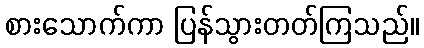
စားသောက်ကာ ပြန်သွားတတ်ကြသည်။